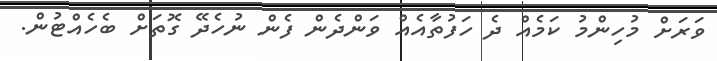
ވަރަށް މުހިންމު ކަމެއް ދެ ހަފުތާއެއް ވަންދެން ފެން ނުހެދޭ ގޮތަށް ބެހެއްޓުން.